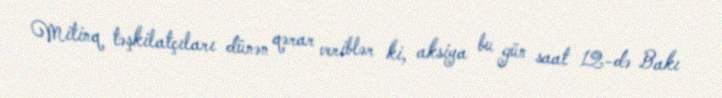
Mitinq təşkilatçıları dünən qərar veriblər ki, aksiya bu gün saat 12-də Bakı